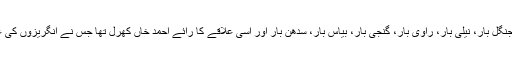
ساندل بار، دلے دی بار، مانانوالی بار، جنگل بار، نیلی بار، راوی بار، گنجی بار، بیاس بار، سدھن بار اور اسی علاقے کا رائے احمد خاں کھرل تھا جس نے انگریزوں کی غلامی قبول کرنے سے انکار کر دیا تھا۔